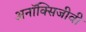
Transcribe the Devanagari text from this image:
अनॉक्सिजीवी